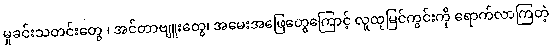
မှုခင်းသတင်းတွေ ၊ အင်တာဗျူးတွေ၊ အမေးအဖြေတွေကြောင့် လူထုမြင်ကွင်းကို ရောက်လာကြတဲ့